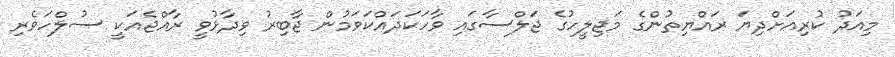
މިއަދު ކުރިއަށްދިޔަ ރައްޔިތުންގެ މަޖިލީހުގެ ޖަލްސާގައި ވާހަކަދައްކަވަމުން ޖާބިރު ވިދާޅުވީ ރާއްޖެއަކީ ސުލްހަވެރި